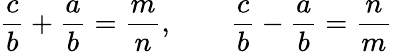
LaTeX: {\frac{c}{b}}+{\frac{a}{b}}={\frac{m}{n}},\quad\quad{\frac{c}{b}}-{\frac{a}{b}}={\frac{n}{m}}